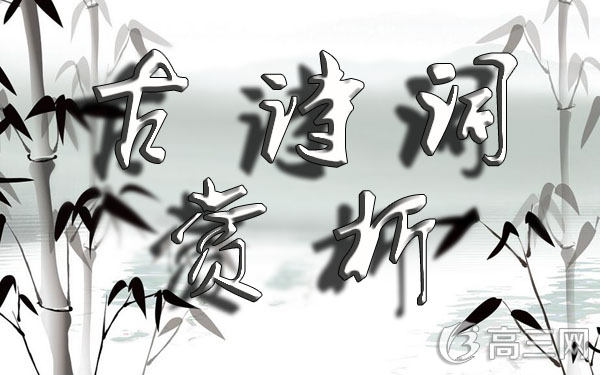
此地动归念，长年悲倦游。